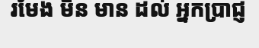
រមែង មិន មាន ដល់ អ្នកប្រាជ្ញ